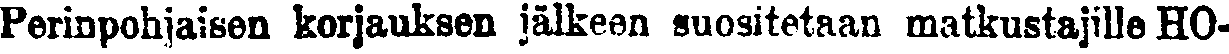
Perinpohjaisen korjauksen jälkeen suositetaan matkustajille HO-